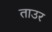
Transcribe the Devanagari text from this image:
ताउर